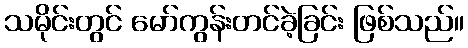
သမိုင်းတွင် မော်ကွန်းတင်ခဲ့ခြင်း ဖြစ်သည်။